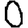
Digit: 0